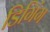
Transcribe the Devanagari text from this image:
डिगिंग